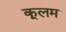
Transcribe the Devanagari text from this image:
कूलम